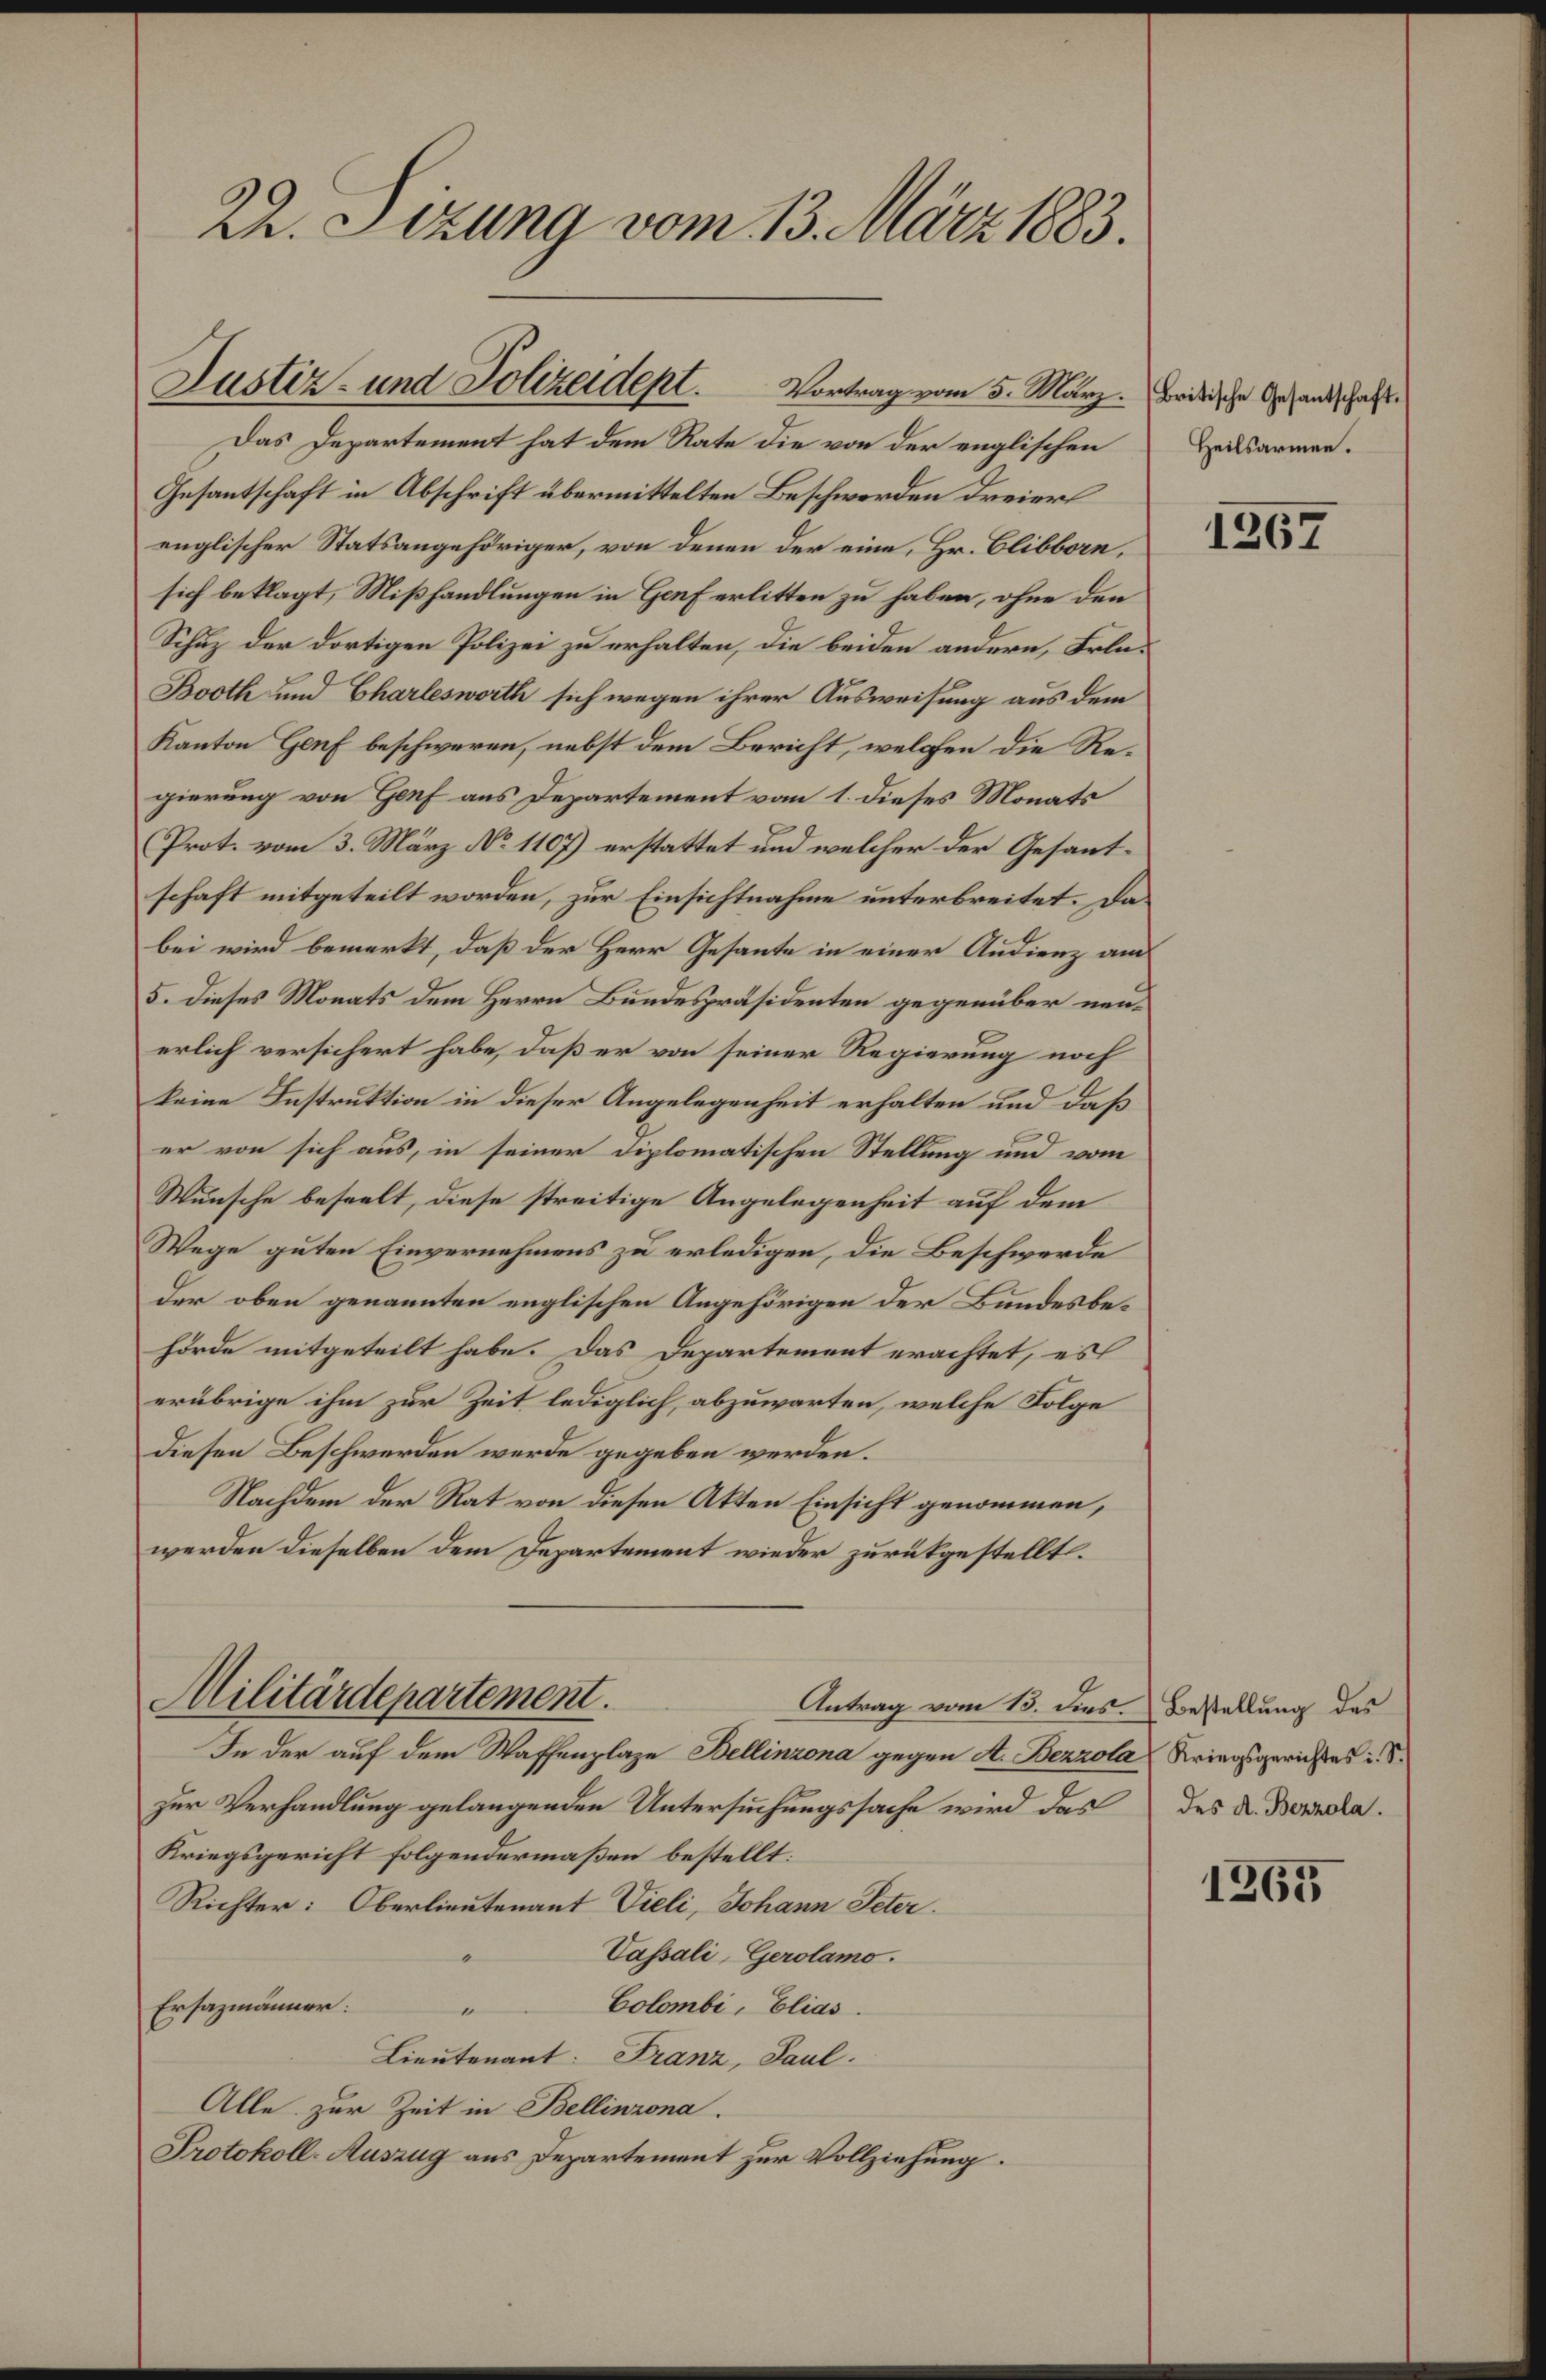
Vortrag vom 5. März (britische Gesandschaft.
Das Departement hat dem Rate die von der englischen
Gesantschaft in Abschrift übermittelten Beschwerden dreiers
englischer Statsangehöriger, von denen der eine, Hr. Clibborn,
sich beklagt, Mißhandlungen in Genf erlitten zu haben, ohne den
Schuz der dortigen Polizei zu erhalten, die beiden andern, Erla¬
Booth und Charlesworth sich wegen ihrer Ausweisung aus dem
Kanton Genf beschweren, nebst dem Bericht, welchen die Regierung von Genf aus Departement vom 1. dieses Monats
Prot. vom 3. März No 1107) erstattet und welcher der Gesantschaft mitgeteilt worden, zur Einsichtnahme unterbreitet. Da
bei wird bemerkt, daß der Herr Gesante in einer Audienz am
5. Dieses Monats dem Herrn Bundespräsidenten gegenüber neuerlich versichert habe, daß er von seiner Regierung noch
keine Instruktion in dieser Angelegenheit erhalten und daß
er von sich aus, in seiner diplomatischen Stellung und vom
Wunsche beseelt, diese streitige Angelegenheit auf dem
Wege guten Einvernehmens zu erledigen, die Beschwerde
der oben genannten englischen Angehörigen der Bundesbehörde mitgeteilt habe. Das Departement erachtet, es
erübrige ihm zur Zeit lediglich, abzuwarten, welche Folge
diesen Beschwerden werde gegeben werden.
Nachdem der Rat von diesen Akten Einsicht genommen,
werden dieselben dem Departement wieder zurückgestellt.
Militärdepartement.
Antrag vom 13. dies. Bestellung des
In der auf dem Waffenplaze Bellinzona gegen A. Bezzola, Kriegsgerichtes i. S.
zur Verhandlung gelangenden Untersuchungssache wird das des Dr. Bonnela¬
Kriegsgericht folgendermaßen bestellt:
Richter: Oberlieutenant Vieli, Johann Peter.
Passali, Gerolamo.
Ersazmänner:
Colombi, Elias.
e
Lieutenant: Franz, Paul.
Alle zur Zeit in Bellinzona.
Protokoll-Auszug aus Departement zur Vollziehung.

22. Sizung vom 13. März 1883.

Justiz- und Polizeident.

Heilsarmen.

1267

1265